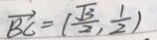
\overrightarrow { B C } = ( \frac { \sqrt { 3 } } { 2 } , \frac { 1 } { 2 } )